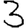
Digit: 3